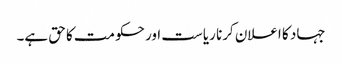
جہاد کا اعلان کرنا ریاست اور حکومت کا حق ہے۔